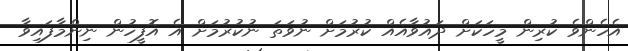
އެހެންވެ ކުރިން މީހަކަށް ދައުވާއެއް ކުރުމަށް ނުވަތަ ނުކުރުމަށް އެ އޮފީހުން ނިންމާފައިވާ